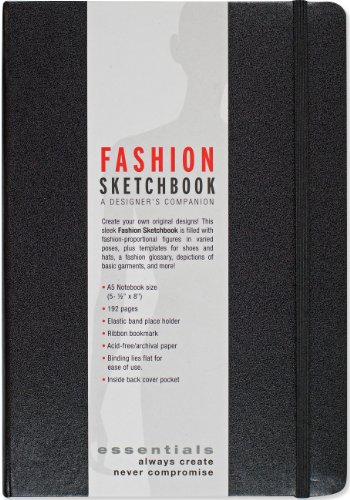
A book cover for Essentials Fashion Sketchbook (366 Figure Templates to create your own designs!) Fashion Sketchpad; Peter Pauper Press; Arts & Photography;